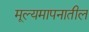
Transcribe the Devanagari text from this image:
मूल्यमापनातील